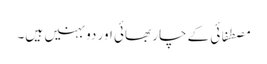
مصطفائی کے چار بھائی اور دو بہنیں ہیں۔